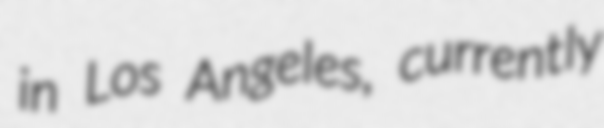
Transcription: in Los Angeles, currently